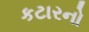
કટારનો